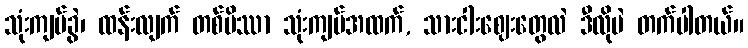
သုံးကျပ်ခွဲ၊ ထန်းလျက် တစ်ပိဿာ သုံးကျပ်အထက်, သားငါးဈေးတွေလဲ ဒီလိုပဲ တက်ပါတယ်။